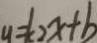
y = k _ { 2 } x + b